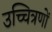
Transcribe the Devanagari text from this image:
उच्चित्रणों